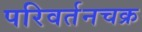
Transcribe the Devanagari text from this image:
परिवर्तनचक्र